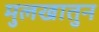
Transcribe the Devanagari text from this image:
मुलखातुन